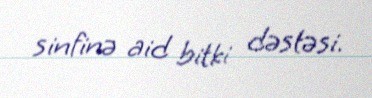
sinfinə aid bitki dəstəsi.